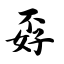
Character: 孬